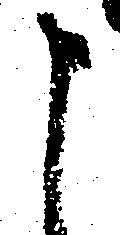
申